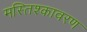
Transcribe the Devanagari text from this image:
मस्तिश्कावरण